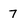
Character: 7